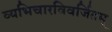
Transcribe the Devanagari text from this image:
व्यभिचारविवर्जितम्